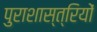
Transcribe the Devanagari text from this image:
पुराशास्त्रियों